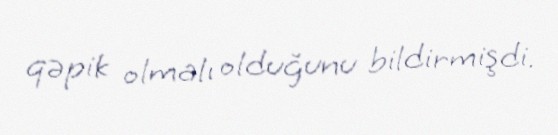
qəpik olmalı olduğunu bildirmişdi.